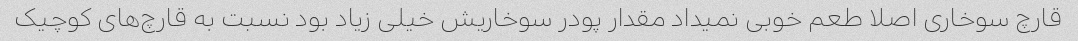
قارچ سوخاری اصلا طعم خوبی نمیداد مقدار پودر سوخاریش خیلی زیاد بود نسبت به قارچ‌های کوچیک